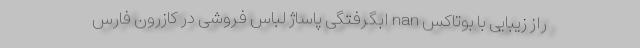
راز زیبایی با بوتاکس nan ابگرفتگی پاساژ لباس فروشی در کازرون فارس